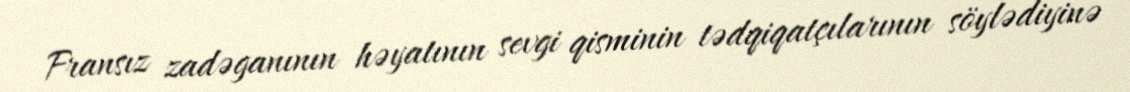
Fransız zadəganının həyatının sevgi qisminin tədqiqatçılarının söylədiyinə